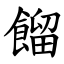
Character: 餾